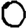
Digit: 0